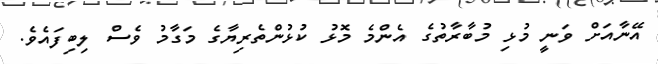
އޭނާއަށް ވަނީ މުޅި މުބާރާތުގެ އެންމެ މޮޅު ކުޅުންތެރިޔާގެ މަގާމު ވެސް ލިބިފައެވެ.